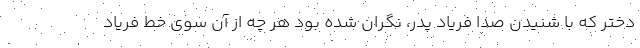
دختر که با شنیدن صدا فریاد پدر، نگران شده بود هر چه از آن سوی خط فریاد